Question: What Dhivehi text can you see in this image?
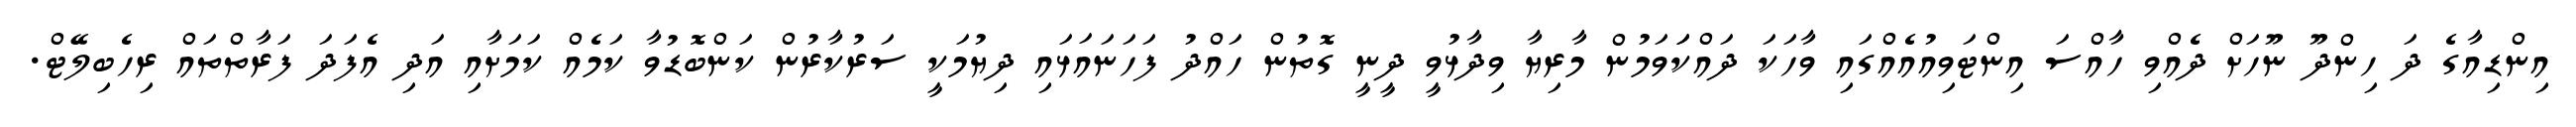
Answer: އިންޑިއާގެ ދަ ހިންދޫ ނޫހަށް ދެއްވި ހާއްސަ އިންޓަވިއުއެއްގައި ވާހަކަ ދައްކަަވަމުން މާރިޔާ ވިދާޅުވީ ދީނީ ގޮތުން ހައްދު ފަހަނައަޅައި ދިޔުމަކީ ސަރުކާރުން ކަންބޮޑުވާ ކަމެއް ކަމަށާއި އަދި އެފަދަ ފަރާތްތައް ރިހެބިލޭޓް.